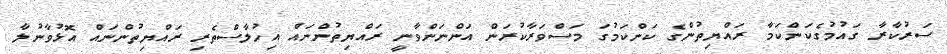
ސަރުކާރާ ގައުމުގެކަންކަމާ ރައްޔިތުންގެ ކަންކަމުގަ މަސްވަރާކުރަން އަންނަންވާނީ ރައްޔިތުންނައް އިހުލާސްތެރި ރައްޔިތުންނައް އޮޅުވާނުލާ